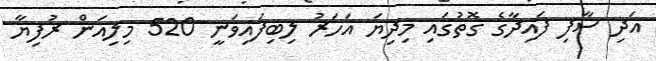
އަދި ސާފި ފައިދާގެ ގޮތުގައި މިދިޔަ އަހަރު ލިބިފައިވަނީ 520 މިލިއަން ރުފިޔާ